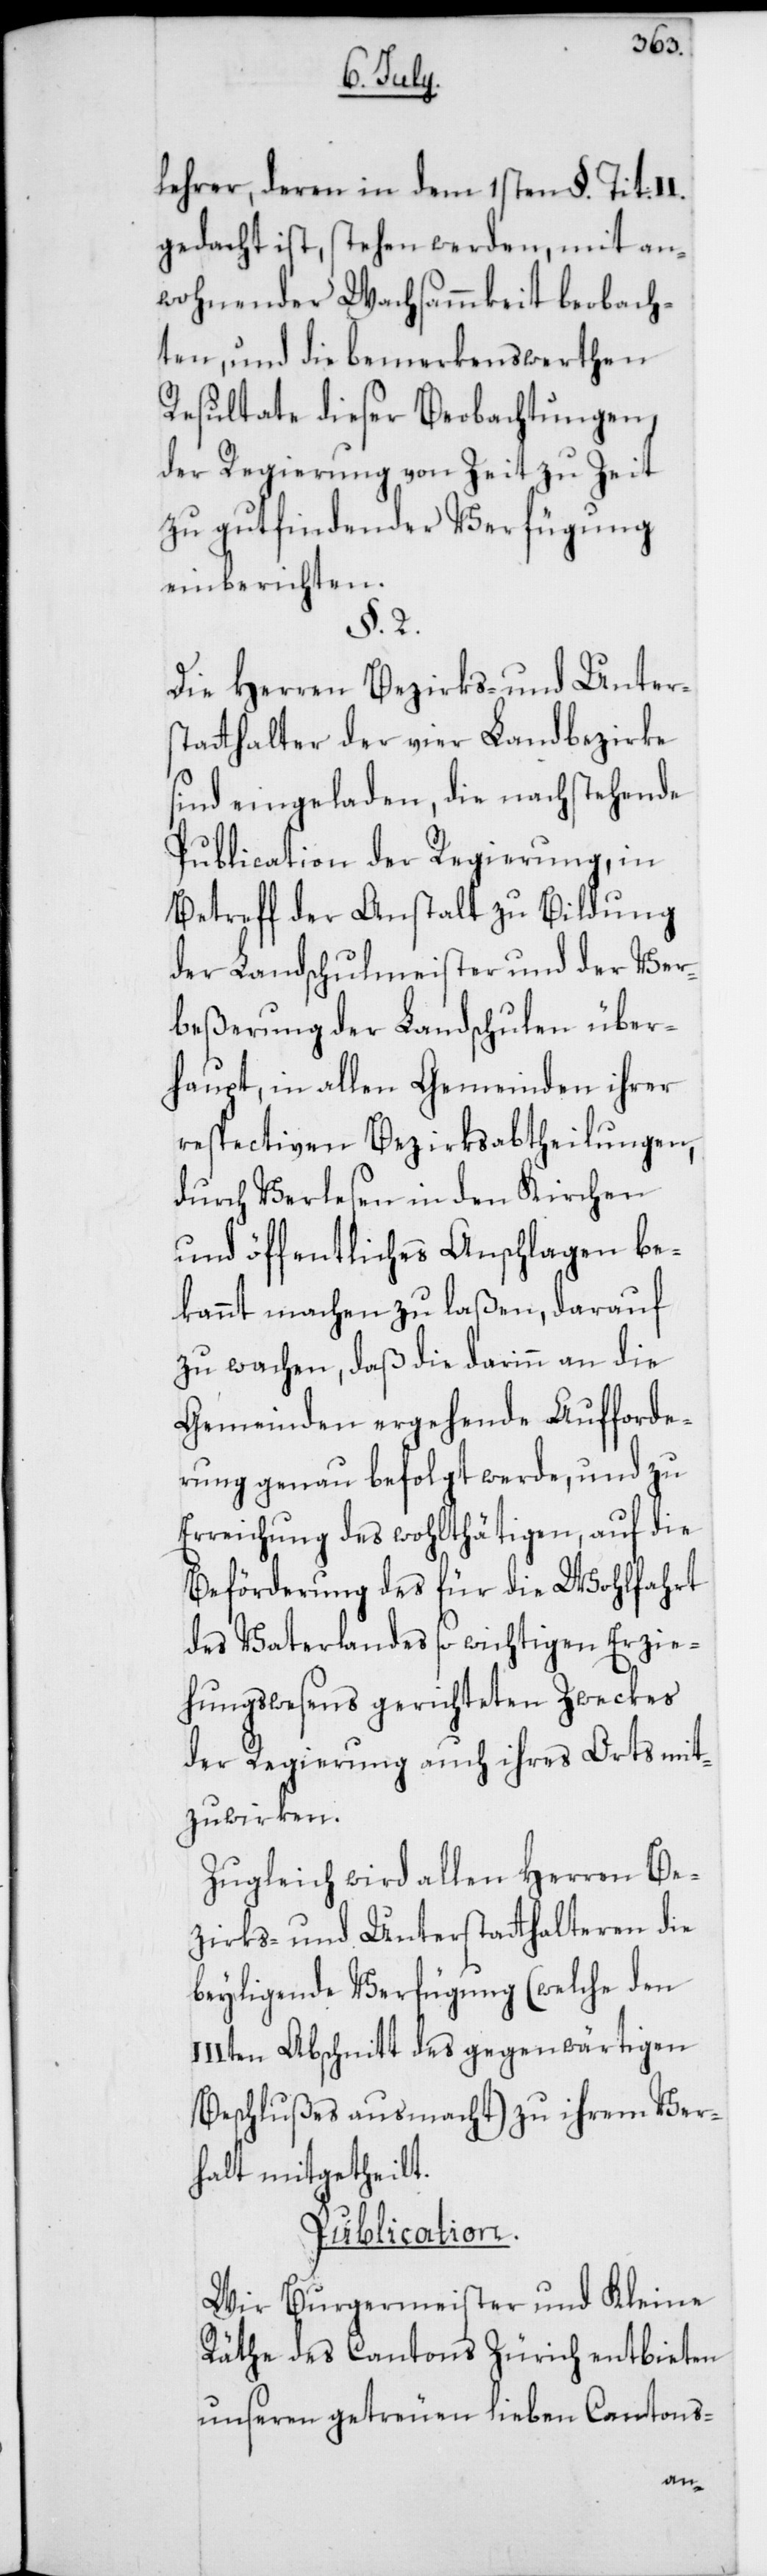
lehrer, deren in dem 1sten §. Tit:
gedacht ist, stehen werden, mit an¬
wohnender Wachsammkeit beobach¬
ten, und die bemerkenswerthen
Resultate dieser Beobachtungen,
der Regierung von Zeit zu Zeit
zu gutfindender Verfügung
einberichten.
§. 2.
Die Herren Bezirks- und Unters¬
tatthalter der vier Landbezirke
sind eingeladen, die nachstehende
Publication der Regierung, in
Betreff der Anstalt zu Bildung
der Landschulmeister und der Ver¬
beßerung der Landschulen über¬
haupt, in allen Gemeinden ihrer
respectiven Bezirksabtheilungen,
durch Verlesen in den Kirchen
und öffentliches Anschlagen be¬
kannt machen zu laßen, darauf
zu wachen, daß die darinn an die
Gemeinden ergehende Aufforde¬
rung genau befolgt werde, und zu
Erreichung des wohlthätigen, auf die
Beförderung des für die Wohlfahrt
des Vaterlandes so wichtigen Erzie¬
hungswesens gerichteten Zweckes
der Regierung auch ihres Orts mit¬
zuwirken.
Zugleich wird allen Herren Be¬
zirks- und Unterstatthalteren die
beyligende Verfügung (welche den
IIIten Abschnitt des gegenwärtigen
Beschlußes ausmacht) zu ihrem Ver¬
halt mitgetheilt.
Publication.
Wir Burgermeister und Kleine
Räthe des Cantons Zürich entbieten
unseren getreuen lieben Cantons-